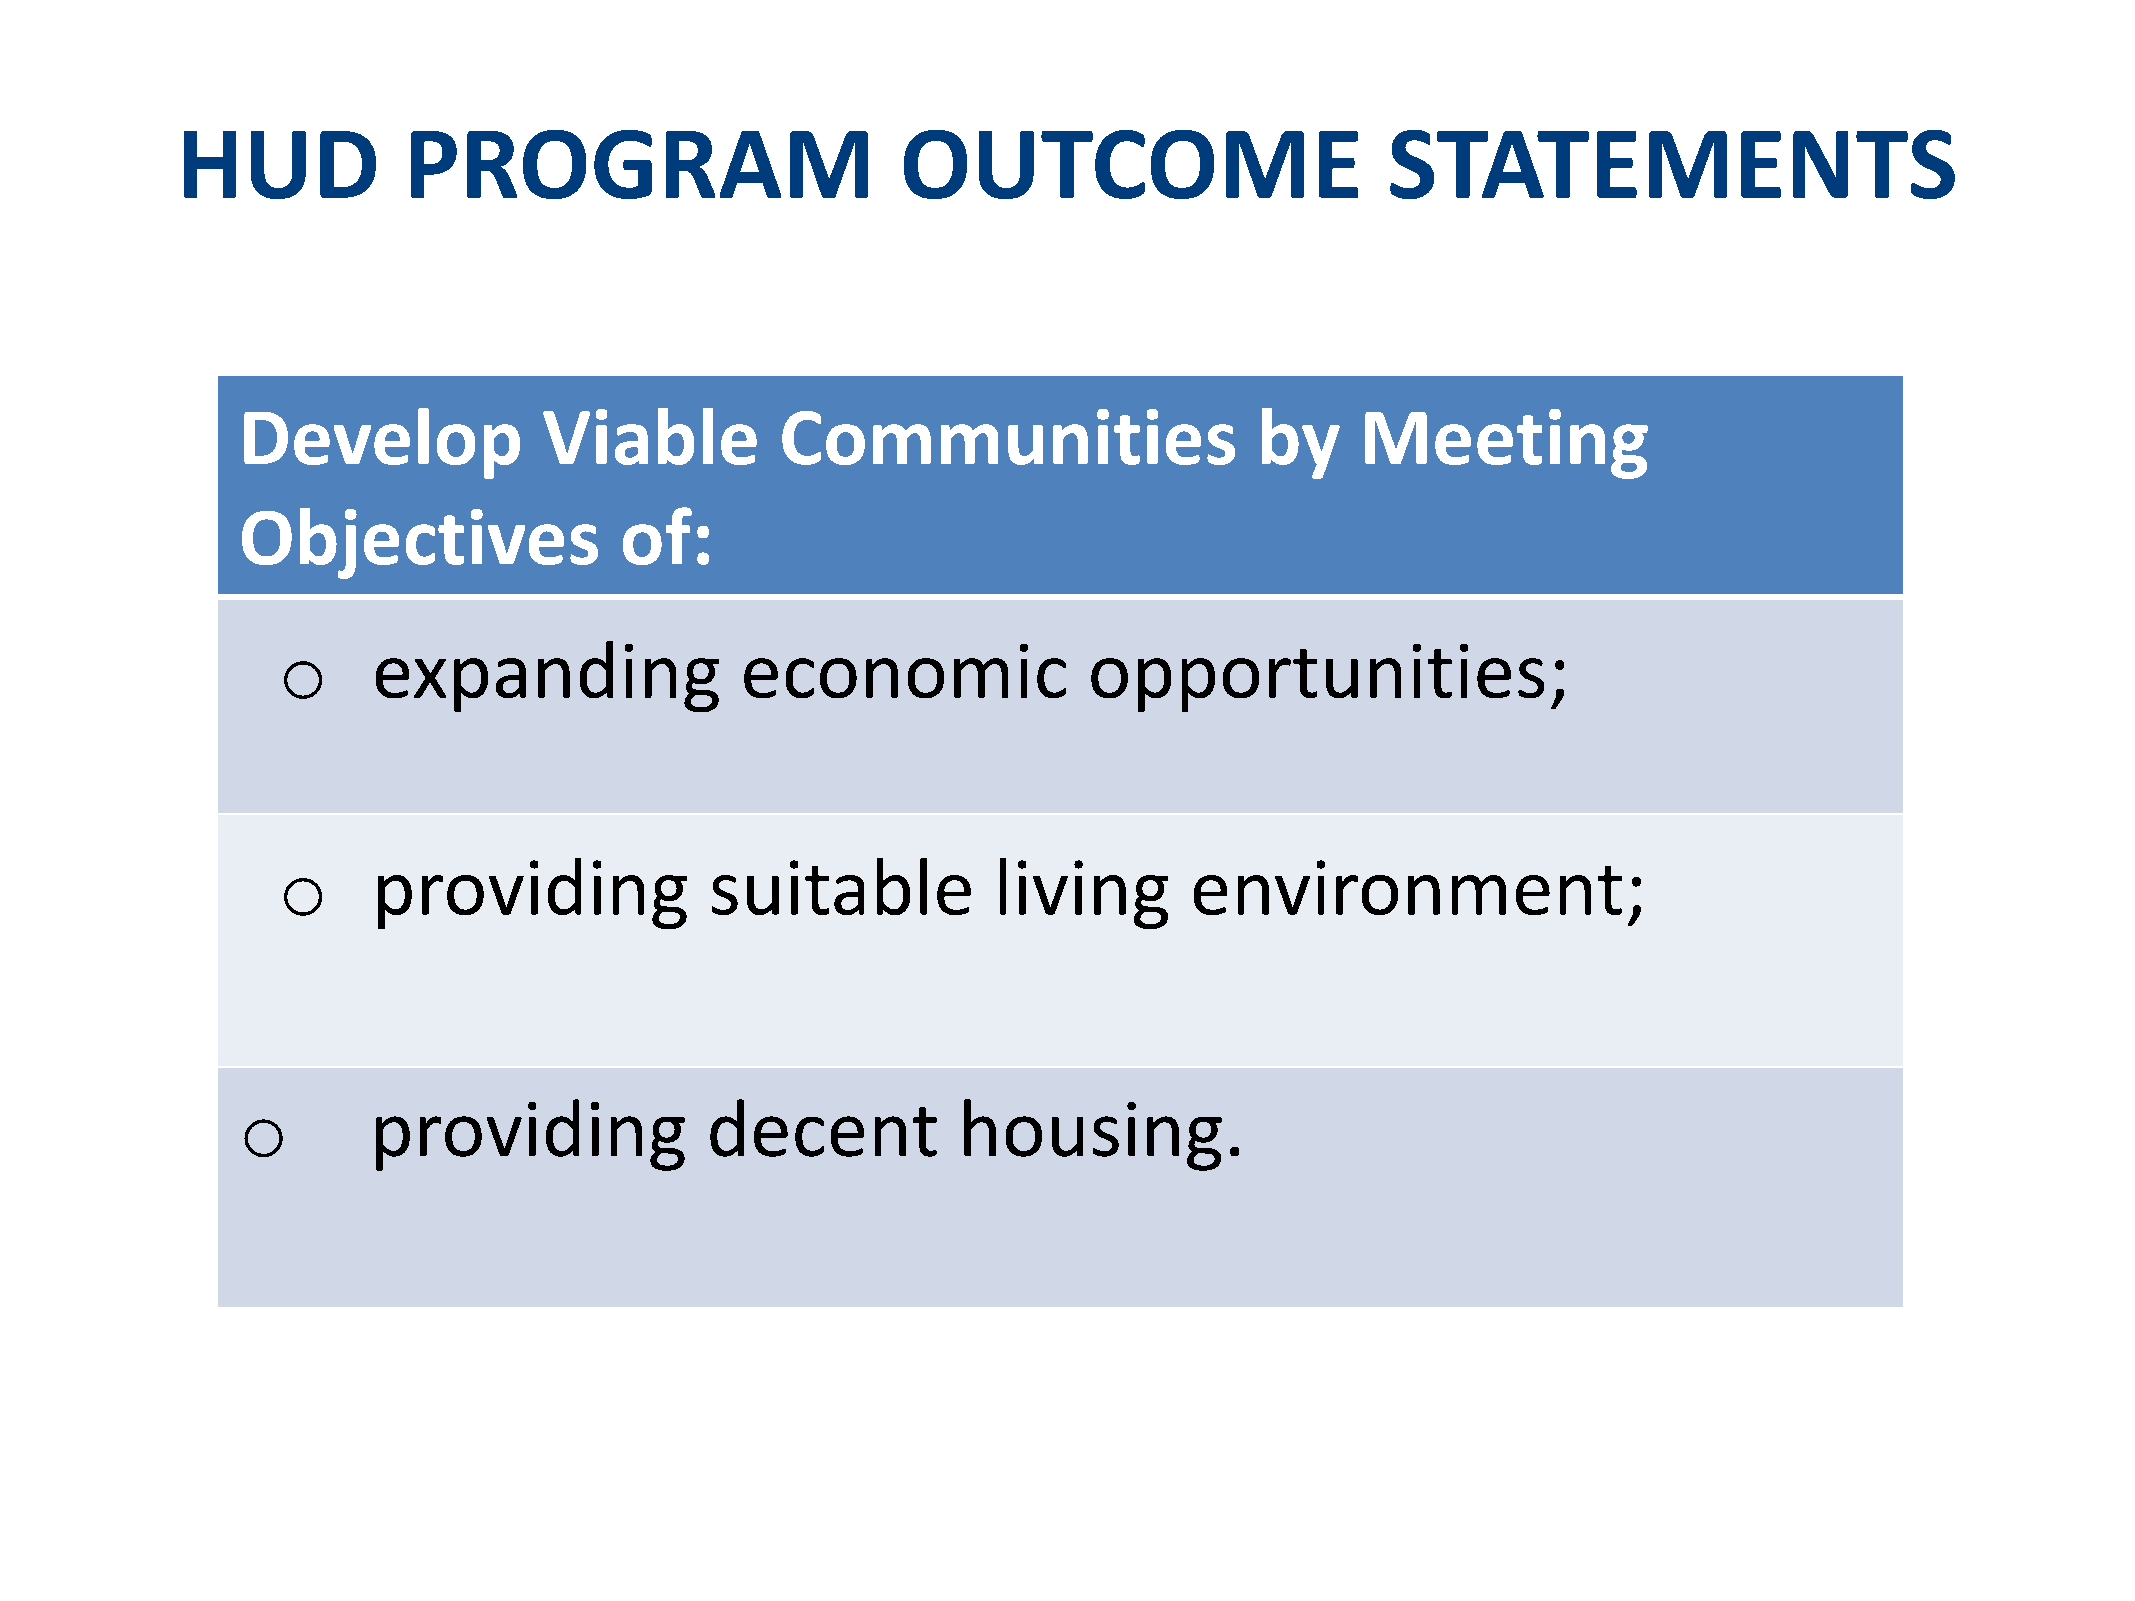
HUD            PROGRAM                          OUTCOME                         STATEMENTS
 Develop             Viable          Communities                    by     Meeting
 Objectives               of:
 o      expanding               economic               opportunities;
 o      providing             suitable           living       environment;
 o       providing              decent          housing.